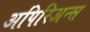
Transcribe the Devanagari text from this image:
अपिरिअन्स